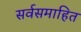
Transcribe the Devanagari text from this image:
सर्वसमाहित